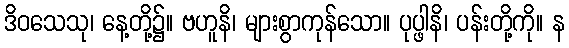
ဒိဝသေသု၊ နေ့တို့၌။ ဗဟူနိ၊ များစွာကုန်သော။ ပုပ္ဖါနိ၊ ပန်းတို့ကို။ န